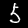
Digit: 5